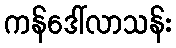
ကန်ဒေါ်လာသန်း